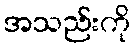
အသည်းကို